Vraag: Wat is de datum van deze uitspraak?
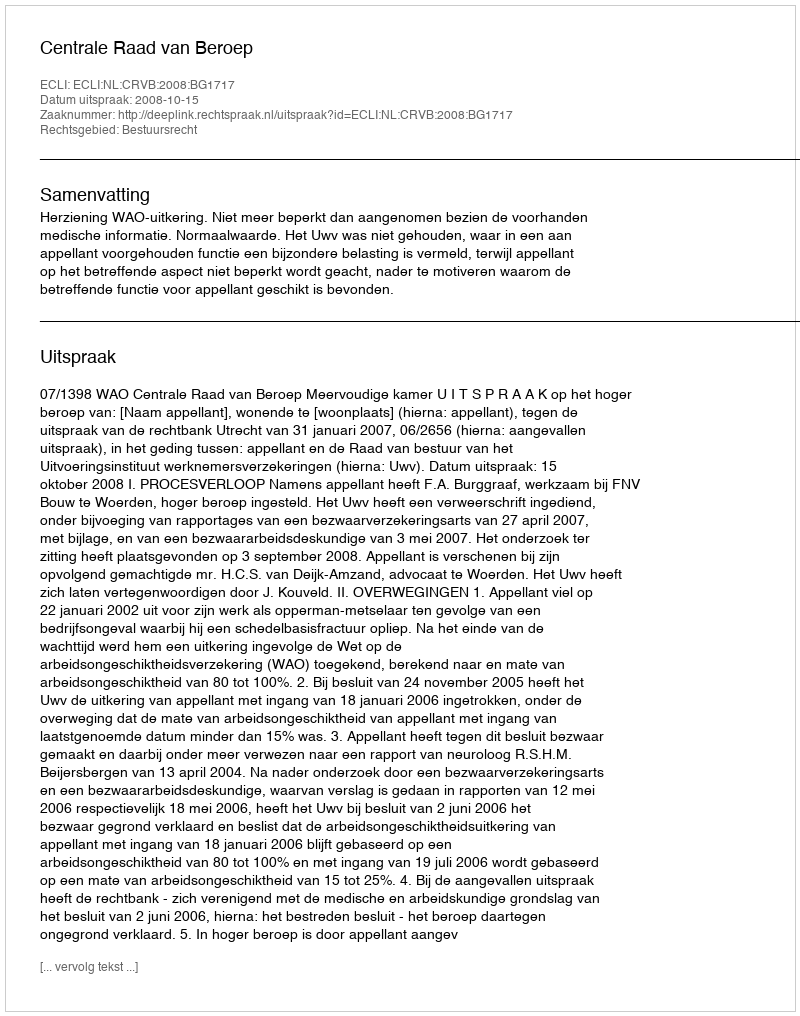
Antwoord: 2008-10-15